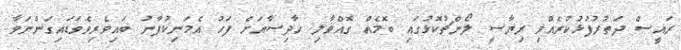
ރައީސް ދަތުރުފުޅުކުރެއްވި ރިޔާސީ ލޯންޗުކޮޅުގައި ބޮމެއް ގޮއްވާލި ހާދިސާއަށް ފަހު އެމަނިކުފާނު ބައިވެރިވެވަޑައިގަންނަވާ